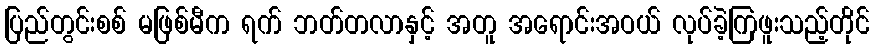
ပြည်တွင်းစစ် မဖြစ်မီက ရက် ဘတ်တလာနှင့် အတူ အရောင်းအဝယ် လုပ်ခဲ့ကြဖူးသည့်တိုင်